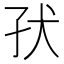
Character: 𰠽